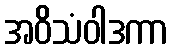
အဝိသံဝါဒကာ